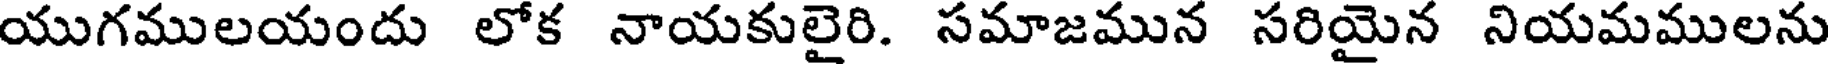
యుగములయందు లోక నాయకులైరి. సమాజమున సరియైన నియమములను